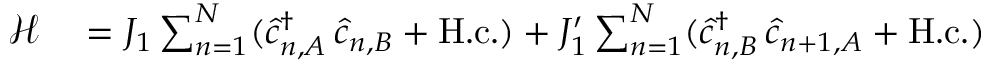
\begin{array} { r l } { \mathcal { H } } & { { } = J _ { 1 } \sum _ { n = 1 } ^ { N } ( \hat { c } _ { n , A } ^ { \dagger } \, \hat { c } _ { n , B } + \mathrm { H . c . } ) + J _ { 1 } ^ { \prime } \sum _ { n = 1 } ^ { N } ( \hat { c } _ { n , B } ^ { \dagger } \, \hat { c } _ { n + 1 , A } + \mathrm { H . c . } ) } \end{array}